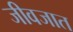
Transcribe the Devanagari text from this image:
जीवजात